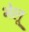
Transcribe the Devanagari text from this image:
भेलू